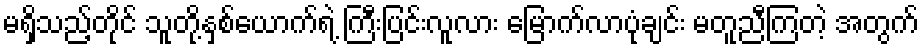
မရှိသည့်တိုင် သူတို့နှစ်ယောက်ရဲ့ ကြီးပြင်းလူလား မြောက်လာပုံချင်း မတူညီကြတဲ့ အတွက်